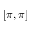
[ \pi , \pi ]